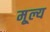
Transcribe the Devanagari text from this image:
मू्ल्य